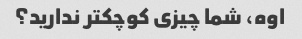
اوه، شما چیزی کوچکتر ندارید؟